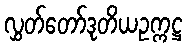
လွှတ်တော်ဒုတိယဥက္ကဋ္ဌ